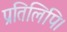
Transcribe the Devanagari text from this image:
प्रतिलिपि।